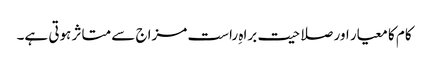
کام کا معیار اور صلاحیت براہِ راست مزاج سے متاثر ہوتی ہے۔